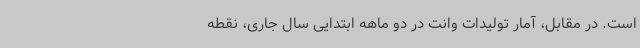
است. در مقابل، آمار تولیدات وانت‌ در دو ماهه ابتدایی سال جاری، نقطه